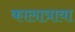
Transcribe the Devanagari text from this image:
कालात्रावा